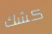
كشك